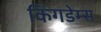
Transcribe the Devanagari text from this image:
किंगडेम्स